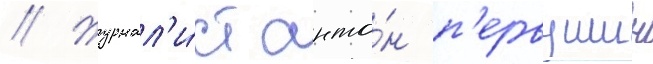
// Журнал'и́ст анто́н п'ервушин